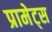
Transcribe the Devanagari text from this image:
प्रामेट्स